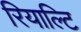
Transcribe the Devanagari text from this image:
रियाल्टि